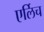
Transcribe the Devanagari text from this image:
एर्लिच